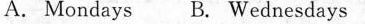
A. Mondays B. Wednesdays